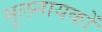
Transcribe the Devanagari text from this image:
मूलनायकों